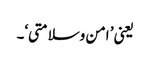
یعنی ’ امن وسلامتی‘۔